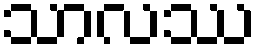
သာလဿ